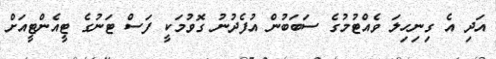
އަދި އެ ގިނިހިލަ ވެއްޓުމުގެ ސަބަބުން އުފެދުނު ގޮވުމަކީ ފަސް ޓަނުގެ ޓީއެންޓީއަށް